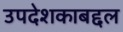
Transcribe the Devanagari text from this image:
उपदेशकाबद्दल